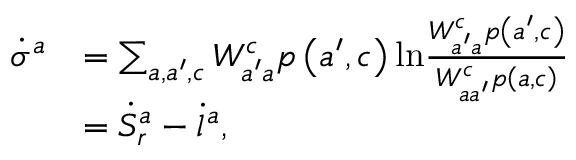
\begin{array} { r l } { \dot { \sigma } ^ { a } } & { = \sum _ { a , a ^ { \prime } , c } W _ { a ^ { \prime } a } ^ { c } p \left( a ^ { \prime } , c \right) \mathrm { l n } \frac { W _ { a ^ { \prime } a } ^ { c } p \left( a ^ { \prime } , c \right) } { W _ { a a ^ { \prime } } ^ { c } p \left( a , c \right) } } \\ & { = \dot { S } _ { r } ^ { a } - \dot { l } ^ { a } \mathrm { , } } \end{array}